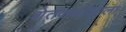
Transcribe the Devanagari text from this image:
शेतकर्याआला